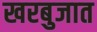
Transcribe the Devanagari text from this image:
खरबुजात